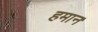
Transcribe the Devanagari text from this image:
हमान